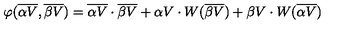
\varphi ( { \overline { { \alpha V } } } , { \overline { { \beta V } } } ) = { \overline { { \alpha V } } } \cdot { \overline { { \beta V } } } + { \alpha V } \cdot W ( { \overline { { \beta V } } } ) + { \beta V } \cdot W ( { \overline { { \alpha V } } } )